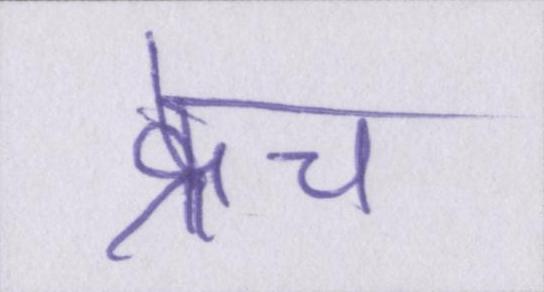
क्रेच